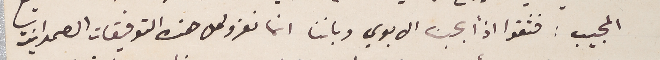
المجيب: فثقوا اذاً بحبنا الابوي وباننا انما نعزو كل هذه التوفيقات الصمدانية